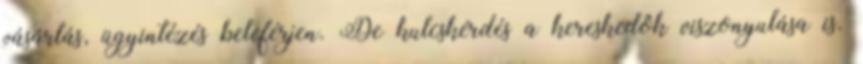
vásárlás, ügyintézés beleférjen. De kulcskérdés a kereskedôk viszonyulása is.